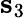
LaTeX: {\mathbf s_{3}}